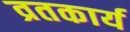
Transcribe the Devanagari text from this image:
व्रतकार्य